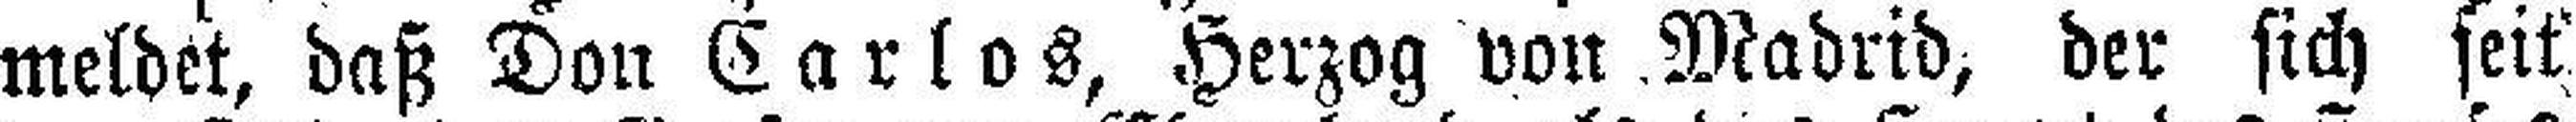
meldet, daß Don Carlos, Herzog von Madrid, der sich seit